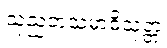
သုညတသမာဓိသုတ္တံ